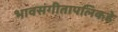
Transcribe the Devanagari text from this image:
भावसंगीतापलिकडे